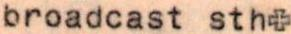
broadcast sth+